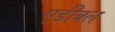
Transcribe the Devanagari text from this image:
एडीबल